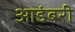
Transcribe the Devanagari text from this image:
आडंबरी